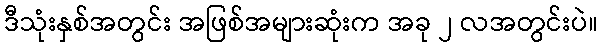
ဒီသုံးနှစ်အတွင်း အဖြစ်အများဆုံးက အခု ၂ လအတွင်းပဲ။